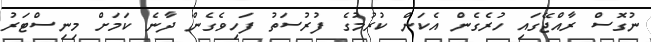
ނުގޮސް ރާއްޖޭގައި ހުރެގެން އެކަން ކުރުމުގެ ފުރުސަތު ފަހިވެގެން ދާނެ ކަމަށް މިނިސްޓަރު